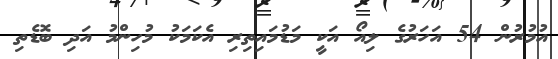
އުމުރުން 54 އަހަރުގެ ލިއޯ އަކީ މަޑުމައިތިރި އެކަމަކު މުހިންމު އަދި ބޮޑެތި